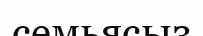
семьясыз